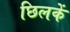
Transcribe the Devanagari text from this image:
छिलकें